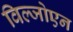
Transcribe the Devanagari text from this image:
विल्जोएन